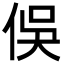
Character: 俁